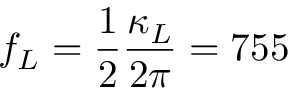
f _ { L } = \frac { 1 } { 2 } \frac { \kappa _ { L } } { 2 \pi } = 7 5 5